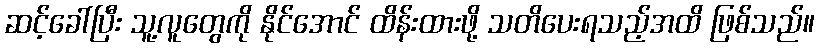
ဆင့်ခေါ်ပြီး သူ့လူတွေကို နိုင်အောင် ထိန်းထားဖို့ သတိပေးရသည့်အထိ ဖြစ်သည်။